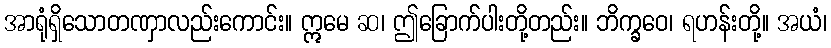
အာရုံရှိသောတဏှာလည်းကောင်း။ ဣမေ ဆ၊ ဤခြောက်ပါးတို့တည်း။ ဘိက္ခဝေ၊ ရဟန်းတို့။ အယံ၊